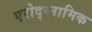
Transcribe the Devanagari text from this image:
एरोद्य्नामिक